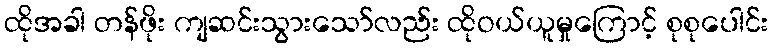
ထိုအခါ တန်ဖိုး ကျဆင်းသွားသော်လည်း ထိုဝယ်ယူမှုကြောင့် စုစုပေါင်း